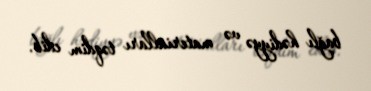
bağlı hədiyyə və materialları təqdim edib.